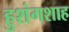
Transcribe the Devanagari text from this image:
हुशंगशाह